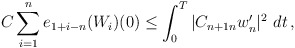
\begin{align*}\displaystyle{C \sum_{i=1}^n e_{1+i-n}(W_i)(0) \le \int_0^T |C_{n+1n} w_n^{\prime}|^2 \,\,dt \,,}\end{align*}